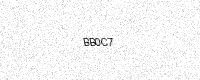
Text: BB0C7